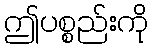
ဤပစ္စည်းကို